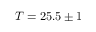
T = 2 5 . 5 \pm 1